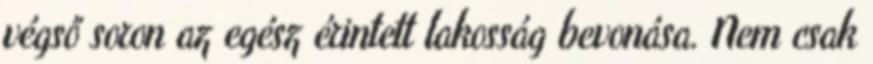
végső soron az egész érintett lakosság bevonása. Nem csak